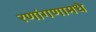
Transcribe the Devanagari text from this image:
रणांगणामधे